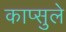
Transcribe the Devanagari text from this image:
काप्सुले